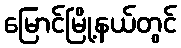
မြောင်မြို့နယ်တွင်